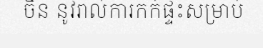
ចិន នូវរាល់ការកក់ផ្ទះសម្រាប់